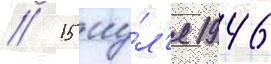
// 15 иу́л'я 1946